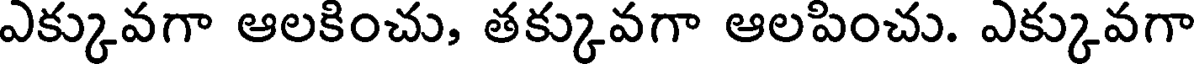
ఎక్కువగా ఆలకించు, తక్కువగా ఆలపించు. ఎక్కువగా